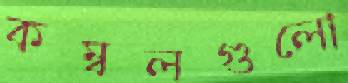
কম্বলগুলো